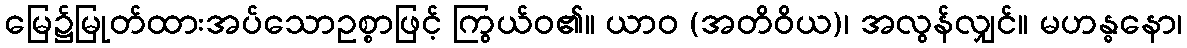
မြေ၌မြုတ်ထားအပ်သောဥစ္စာဖြင့် ကြွယ်ဝ၏။ ယာဝ (အတိဝိယ)၊ အလွန်လျှင်။ မဟန္ဓနော၊